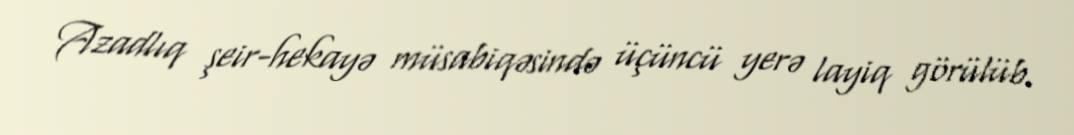
Azadlıq şeir-hekayə müsabiqəsində üçüncü yerə layiq görülüb.